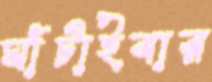
ঘাঁটাইবার